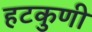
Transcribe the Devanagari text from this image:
हटकुणी